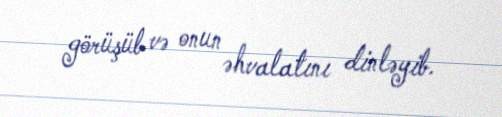
görüşüb və onun əhvalatını dinləyib.